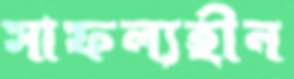
সাফল্যহীন